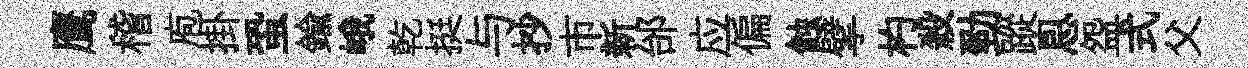
鹰稽庖掛蛩鍮峨乾挺与抄市新邰应偏蝕擘杓殺勁蹤㤙盌式父